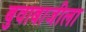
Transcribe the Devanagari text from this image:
बुवाबाजीला